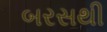
બરસથી